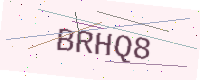
Text: BRHQ8